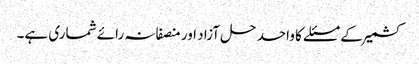
کشمیر کے مسئلے کا واحد حل آزاد اور منصفانہ رائے شماری ہے۔